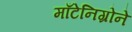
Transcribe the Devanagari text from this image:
माँटेनिग्रोने